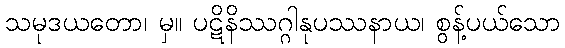
သမုဒယတော၊ မှ။ ပဋိနိဿဂ္ဂါနုပဿနာယ၊ စွန့်ပယ်သော